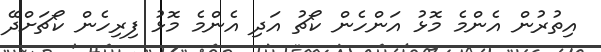
އިތުރުން އެންމެ މޮޅު އަންހެން ކޯޗު އަދި އެންމެ މޮޅު ފިރިހެން ކޯޗަށްދޭ